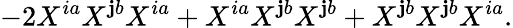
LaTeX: -2X^{ia}X^{\mathbf{j}b}X^{ia}+X^{ia}X^{\mathbf{j}b}X^{\mathbf{j}b}+X^{\mathbf{j}b}X^{\mathbf{j}b}X^{ia}.